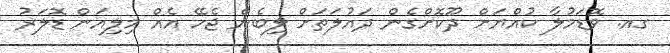
ގއ. ވޮޑަމުލާ ކުއްޔަށް ދޫކޮށްގެން ދައުލަތަށް ލިބެން ޖެހޭ އެއް މިލިއަން ޑޮލަރު